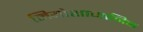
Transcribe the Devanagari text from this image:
नियोशामानिक